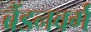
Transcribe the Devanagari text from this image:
ब्रैंडनवर्ग